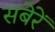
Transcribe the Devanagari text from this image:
सबेरें